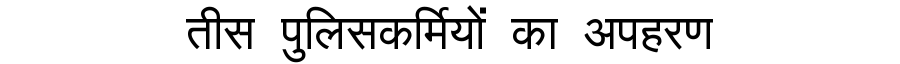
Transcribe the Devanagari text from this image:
तीस पुलिसकर्मियों का अपहरण